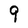
Character: 9